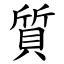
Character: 質